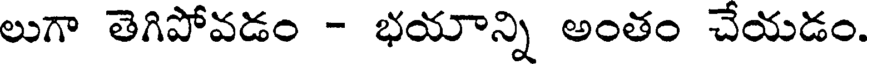
లుగా తెగిపోవడం - భయాన్ని అంతం చేయడం.